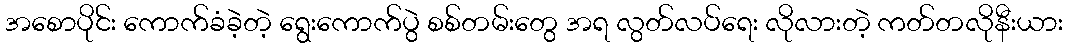
အစောပိုင်း ကောက်ခံခဲ့တဲ့ ရွေးကောက်ပွဲ စစ်တမ်းတွေ အရ လွတ်လပ်ရေး လိုလားတဲ့ ကတ်တလိုနီးယား